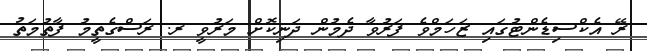
ރޭ އެކްސިޑެންޓުގައި ޒަހަމްވެ ފަރުވާ ދެމުން ދަނިކޮށް މަރުވީީ ރ. ރަސްގެތީމު ފާތުމަތު